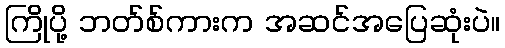
ကြိုပို့ ဘတ်စ်ကားက အဆင်အပြေဆုံးပဲ။